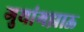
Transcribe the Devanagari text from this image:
गुयांगझाऊ